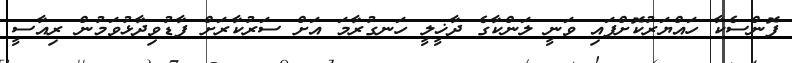
ފޮންސެކާ ހައްޔަރުކޮށްފައި ވަނީ ލަންކާގެ ދާޚީލީ ހަނގުރާމަ އަށް ސަރުކާރަށް ފާޑުވިދާޅުވަމުން ރިއާސީ